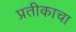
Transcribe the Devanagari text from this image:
प्रतीकाचा